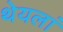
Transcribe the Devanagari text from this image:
थेयलां